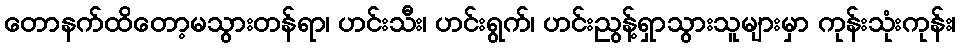
တောနက်ထိတော့မသွားတန်ရာ၊ ဟင်းသီး၊ ဟင်းရွက်၊ ဟင်းညွန့်ရှာသွားသူများမှာ ကုန်းသုံးကုန်း၊